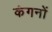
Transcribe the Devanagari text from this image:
कंगनों